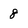
Character: 8